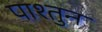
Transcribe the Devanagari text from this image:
पाश्तुन